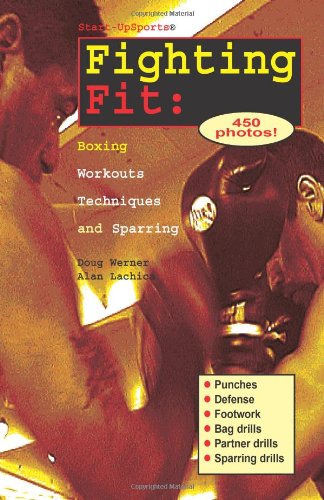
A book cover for Fighting Fit: Boxing Workouts, Techniques, and Sparring (Start-Up Sports, Number 12); Doug Werner; Sports & Outdoors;